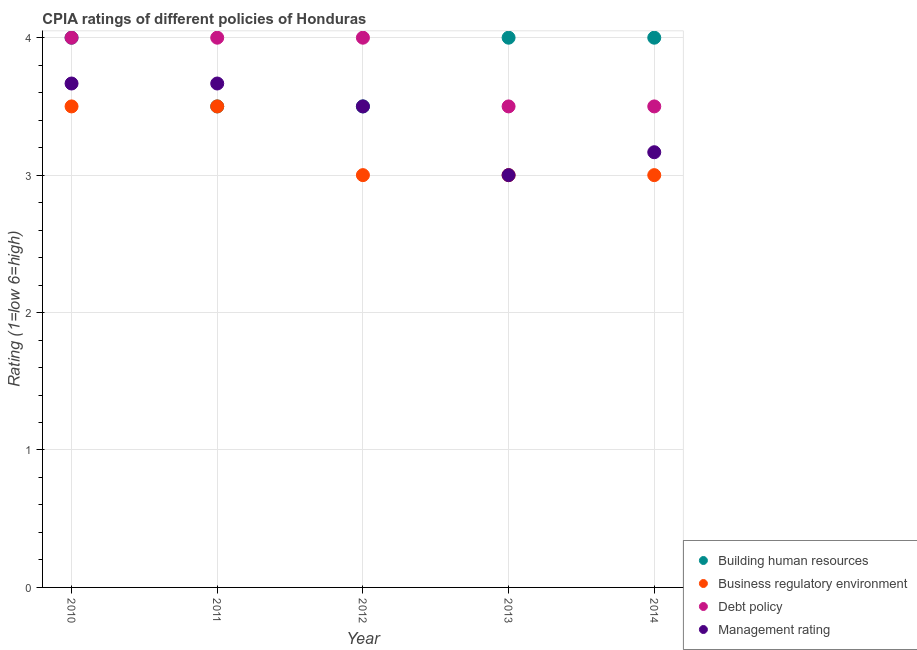
| Year | Building human resources | Business regulatory environment | Debt policy | Management rating |
 | --- | --- | --- | --- | --- |
 | 2010 | 4 | 3.5 | 4 | 3.67 |
 | 2011 | 3.5 | 3.5 | 4 | 3.67 |
 | 2012 | 3.5 | 3 | 4 | 3.5 |
 | 2013 | 4 | 3 | 3.5 | 3 |
 | 2014 | 4 | 3 | 3.5 | 3.17 |